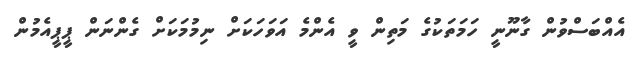
އެއްބަސްވުން ގާނޫނީ ހަމަތަކުގެ މަތިން ވީ އެންމެ އަވަހަކަށް ނިމުމަކަށް ގެންނަން ޕީޕީއެމުން